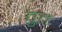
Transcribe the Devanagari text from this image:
वुत